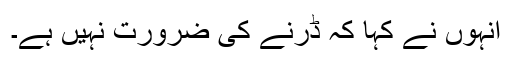
انہوں نے کہا کہ ڈرنے کی ضرورت نہیں ہے۔